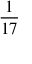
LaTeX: \frac { 1 } { 1 7 }